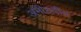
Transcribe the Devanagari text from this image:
अमीरूद्दीन